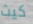
كيث